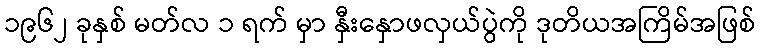
၁၉၆၂ ခုနှစ် မတ်လ ၁ ရက် မှာ နှီးနှောဖလှယ်ပွဲကို ဒုတိယအကြိမ်အဖြစ်